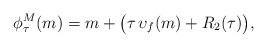
LaTeX: \begin{align*} \phi^M_\tau(m)=m+\big(\tau\,\upsilon_f(m)+R_2(\tau)\big), \end{align*}